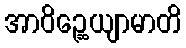
အာဝိဉ္ဆေယျာမာတိ